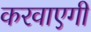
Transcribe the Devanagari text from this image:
करवाएगी